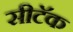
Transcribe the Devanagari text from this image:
सीटॅक